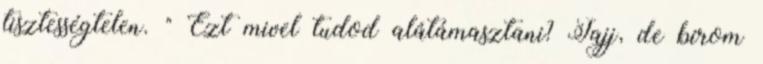
tisztességtelen. " Ezt mivel tudod alátámasztani? Jajj, de bírom